Vaccination North-Western Provinces 1866-1877 - 1866-1877
Year: 1866
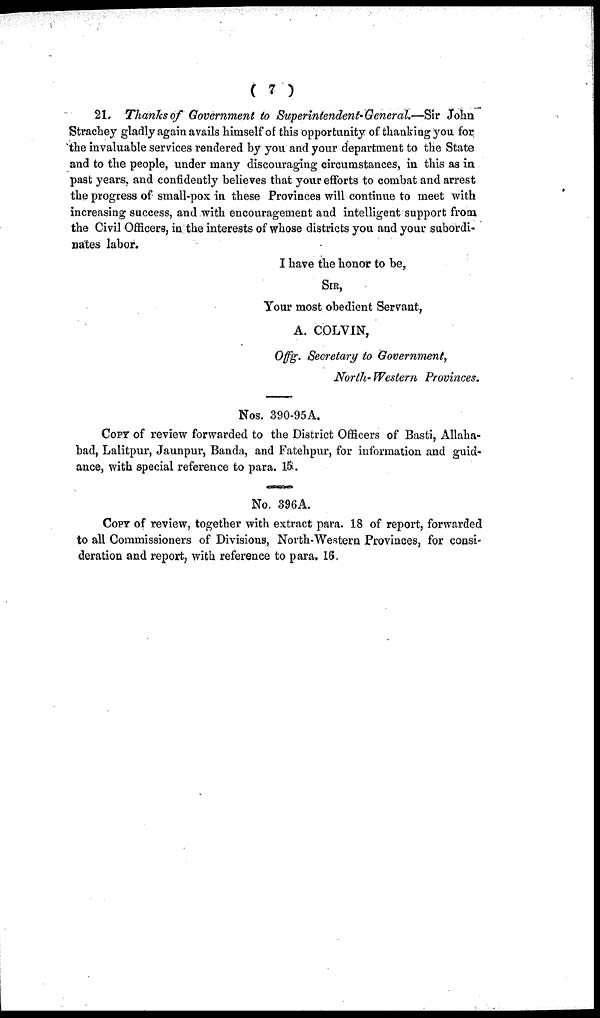
( 7 )
21. Thanks of Government to Superintendent-General.—Sir John
Strachey gladly again avails himself of this opportunity of thanking you for
the invaluable services rendered by you and your department to the State
and to the people, under many discouraging circumstances, in this as in
past years, and confidently believes that your efforts to combat and arrest
the progress of small-pox in these Provinces will continue to meet with
increasing success, and with encouragement and intelligent support from
the Civil Officers, in the interests of whose districts you and your subordi-
nates labor.
I have the honor to be,
SIR,
Your most obedient Servant,
A. COLVIN,
Offg. Secretary to Government,
North- Western Provinces.
Nos. 390-95A.
COPY of review forwarded to the District Officers of Basti, Allaha-
bad, Lalitpur, Jaunpur, Banda, and Fatehpur, for information and guid-
ance, with special reference to para. 15.
No. 396A.
COPY of review, together with extract para. 18 of report, forwarded
to all Commissioners of Divisions, North-Western Provinces, for consi-
deration and report, with reference to para. 16